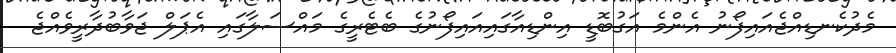
މެދުކެނޑިއްޖެއައިފޯނު އެންމެ އަގުބޮޑީ އިންޑިއާގައިއައިފޯނުގެ ބެޓެރީގެ މައްސަލާގައި އެޕަލް ޖަވާބުދާރީވެއްޖެ